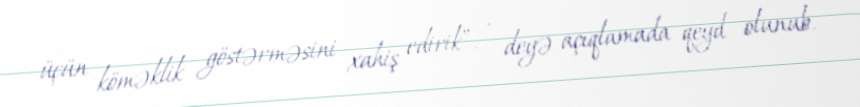
üçün köməklik göstərməsini xahiş edirik”, - deyə açıqlamada qeyd olunub.